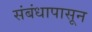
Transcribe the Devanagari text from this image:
संबंधापासून